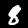
Label: 8